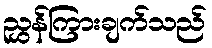
ညွှန်ကြားချက်သည်